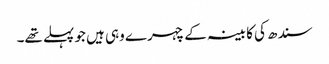
سندھ کی کابینہ کے چہرے وہی ہیں جو پہلے تھے۔